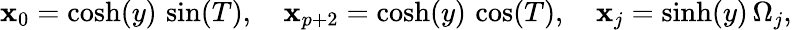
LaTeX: \mathbf{x}_{0}=\cosh(y)\, \sin(T),\, \, \, \, \, \, \mathbf{x}_{p+2}=\cosh(y)\, \cos(T),\, \, \, \, \, \, \mathbf{x}_{j}=\sinh(y)\, \Omega_{j},